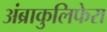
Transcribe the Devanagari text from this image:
अंब्राकुलिफेरा